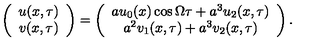
\left( \begin{array} { c } { u ( x , \tau ) } \\ { v ( x , \tau ) } \\ \end{array} \right) = \left( \begin{array} { c } { a u _ { 0 } ( x ) \cos \Omega \tau + a ^ { 3 } u _ { 2 } ( x , \tau ) } \\ { a ^ { 2 } v _ { 1 } ( x , \tau ) + a ^ { 3 } v _ { 2 } ( x , \tau ) } \\ \end{array} \right) .